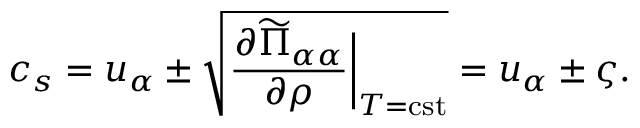
c _ { s } = u _ { \alpha } \pm \sqrt { \frac { \partial \widetilde { \Pi } _ { \alpha \alpha } } { \partial \rho } \bigg | _ { T = \mathrm { c s t } } } = u _ { \alpha } \pm \varsigma .